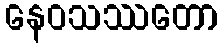
နေဝသဿတော